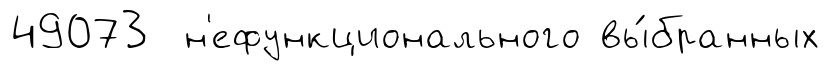
49073 н'ефункционального вы́бранных